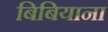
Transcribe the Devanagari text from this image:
बिबियाना